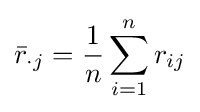
{\bar {r}}_{\cdot j}={\frac {1}{n}}\sum _{i=1}^{n}{r_{ij}}